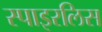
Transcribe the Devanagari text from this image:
स्पाइरलिस